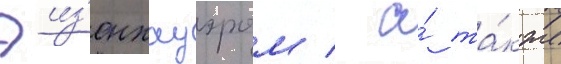
Эиз'енхауэром / а́ та́кже